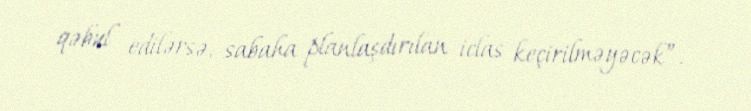
qəbul edilərsə, sabaha planlaşdırılan iclas keçirilməyəcək”.